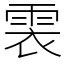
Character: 𩂱